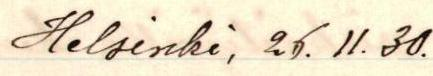
Helsinki, 25.11.30.